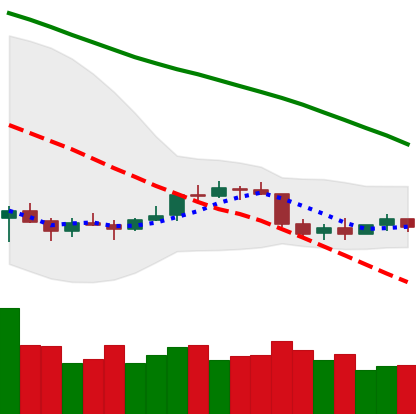
Ticker: ETC-USD
Chart end date: 2022-01-03
Forward return: -15.272%
Label: down_7plus